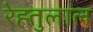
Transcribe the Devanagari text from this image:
रेह्तुलाल